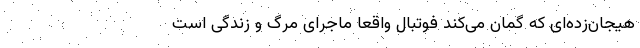
هیجان‌زده‌ای که گمان می‌کند فوتبال واقعاً ماجرای مرگ و زندگی است